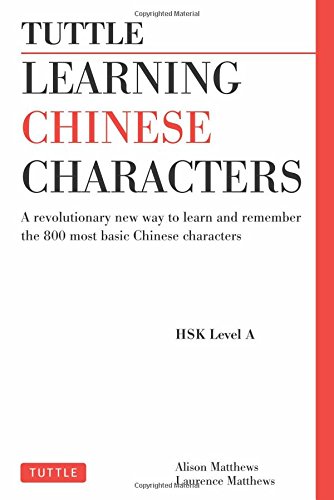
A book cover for Tuttle Learning Chinese Characters: A Revolutionary New Way to Learn and Remember the 800 Most Basic Chinese Characters; Alison Matthews; Arts & Photography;